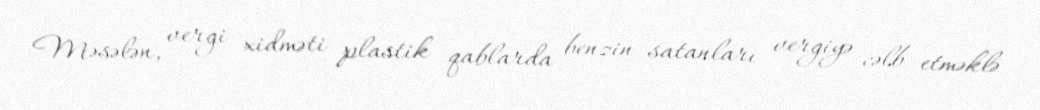
Məsələn, vergi xidməti plastik qablarda benzin satanları vergiyə cəlb etməklə